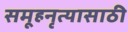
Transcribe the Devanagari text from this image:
समूहनृत्यासाठी